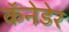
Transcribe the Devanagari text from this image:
कॅनेडेर